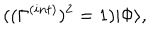
( ( \Gamma ^ { ( i n t ) } ) ^ { 2 } = 1 ) | \Phi \rangle ,